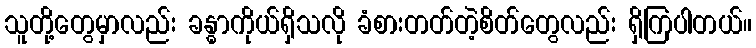
သူတို့တွေမှာလည်း ခန္ဓာကိုယ်ရှိသလို ခံစားတတ်တဲ့စိတ်တွေလည်း ရှိကြပါတယ်။